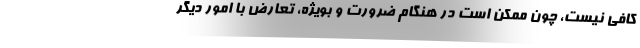
کافی نیست، چون ممکن است در هنگام ضرورت و بویژه، تعارض با امور دیگر